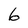
Character: 6